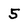
Character: 5